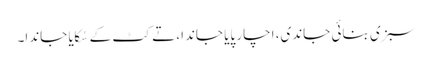
سبزی بنائی جاندی، اچار پایا جاندا، تے کٹ کے سُکایا جاندا۔